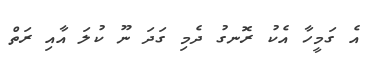
އެ ގަމީހާ އެކު ރޮނގު ދެމި ގަދަ ނޫ ކުލަ އާއި ރަތް